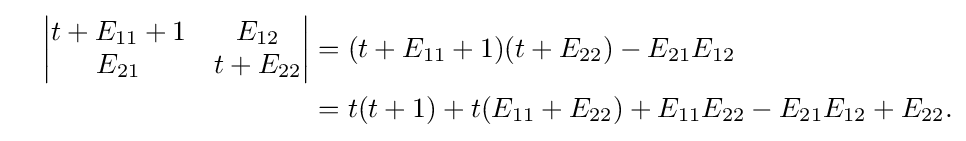
{\begin{aligned}{}\quad {\begin{vmatrix}t+E_{11}+1&E_{12}\\E_{21}&t+E_{22}\end{vmatrix}}&=(t+E_{11}+1)(t+E_{22})-E_{21}E_{12}\\&=t(t+1)+t(E_{11}+E_{22})+E_{11}E_{22}-E_{21}E_{12}+E_{22}.\end{aligned}}